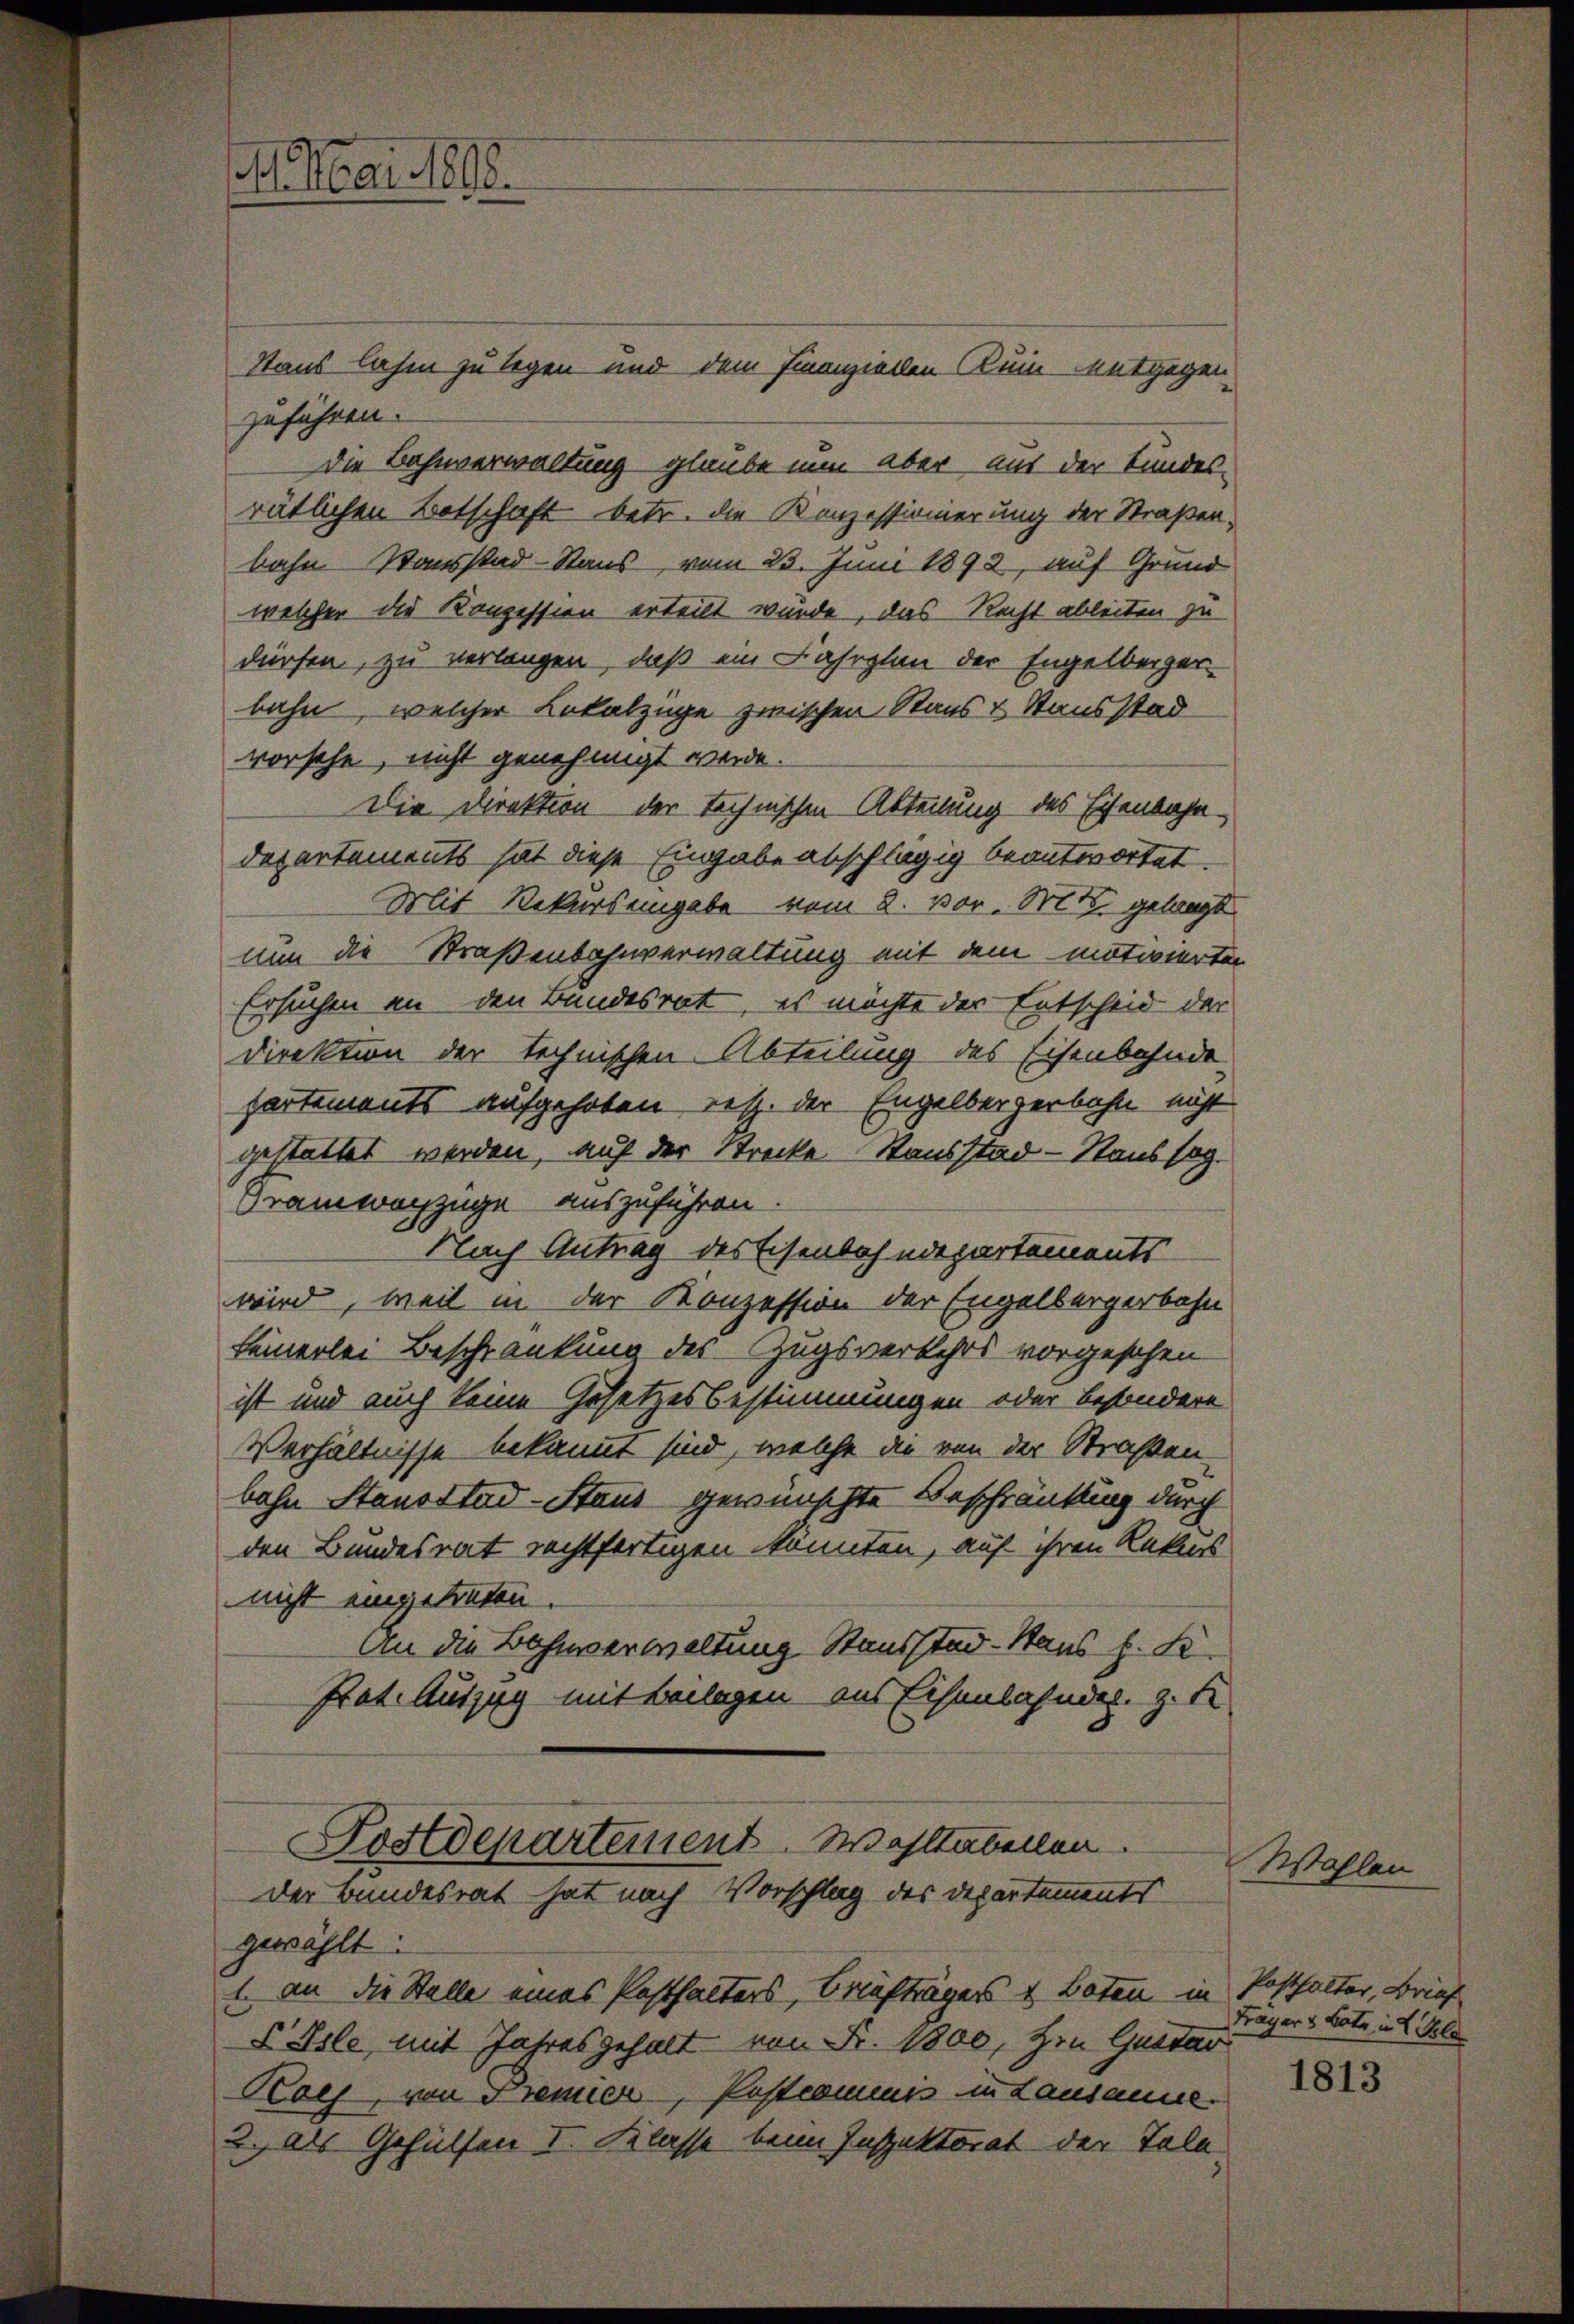
M. Mai 1898.

Stans lasen zu legen und dem Finanziellen um entgegen
zuführen.
die Bahnverwaltung glaube nun aber aus der Landes-
rätlichen Botschaft betr. die Konzessionierung der Straßen,
bahn. Wansstad-Stand vom 23. Juni 1892, auf Grund
welcher die Konzession erteilt wurde, das Recht ableiten zu
dürfen, zu verlangen, daß ein Fahrplan der Engelberger-
bahn, welcher Lokalzüge zwischen Staas & Stausstad
vorsehe, nicht genehmigt werde.
Die Direktion der technischen Abteilung des Eisenbahn¬
Departements hat diese Eingabe abschlägig beantwortet.
Mit Rekursemingabe vom 2. vor. Mts. gelangt
nun die Straßenbahnverwaltung mit dem motivierten
Ersuchen an den Bandesrat, es möchte der Entscheid der
Direktion der technischen Abteilung des Eisenbahnde
partements aufgehoben resp. der Engelbergerbahn nicht
gestattet werden, auf der Strecke Stausstad-Haus sog.
Framwachzüge auszuführen.
Nach Antrag des Eisenbahndepartements
wird, weil in der Konzession der Engelbergerbahn
keinerlei Beschränkung des Zugsverkehrs vorgesehen
ist und auch keine Gesetzesbestimmungen oder besondere
Verhältnisse bekannt sind, welche die von der Straßen-
bahn Stausstad-Staus gewünschte Beschränkung durch
den Bundesrat rechtfertigen könnten, auf ihren Rekurs
nicht eingetreten.
An die Bahnverwaltung Standstäd-Staus h. K.
Prat. Auszug mit Beilagen aus Eisenbahndes. z. B
Postdepartement. Wohltabellen.
Der Bundesrat hat nach Vorschlag des Departements
gewählt:
1. an die Stelle eines Posthalters, Briefträgers & Boten in
Psle, mit Jahresgehalt von Fr. 1800, Hrn. Gustar
Kaej, von Premier, Postcommis in Lausanne.
2. als Gehülfen I. Klasse beim Inspektorat der Tele

Wohlen

Posthalter, Brief
Frager v. Late in C. Pla

1813